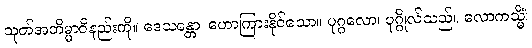
သုတ်အဘိမ္မာဝိနည်းကို။ ဒေသန္တော၊ ဟောကြားနိုင်သော။ ပုဂ္ဂလော၊ ပုဂ္ဂိုလ်သည်။ လောကသ္မိံ၊